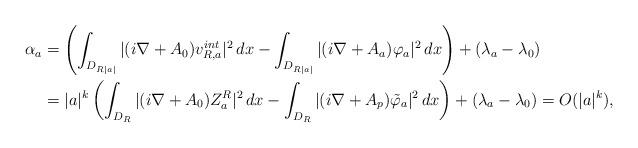
LaTeX: \begin{align*} \alpha_a &= \left( \int_{ D_{R|a|}} |(i\nabla+A_0)v_{R,a}^{int}|^2 \,dx- \int_{D_{R|a|}} |(i\nabla+A_a)\varphi_a|^2\,dx \right) +(\lambda_a-\lambda_0)\\ &= |a|^k\left( \int_{ D_{R}} |(i\nabla+A_0)Z_a^R|^2 \,dx- \int_{D_{R}} |(i\nabla+A_p)\tilde\varphi_a|^2\,dx \right) +(\lambda_a-\lambda_0)= O(|a|^k),\end{align*}